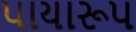
પાયારૂપ